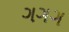
ગગગ